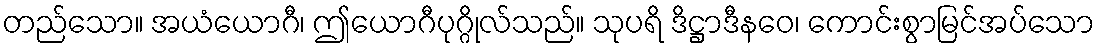
တည်သော။ အယံယောဂီ၊ ဤယောဂီပုဂ္ဂိုလ်သည်။ သုပရိ ဒိဋ္ဌာဒီနဝေ၊ ကောင်းစွာမြင်အပ်သော